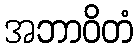
အဘာဝိတံ